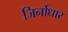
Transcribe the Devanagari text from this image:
जिर्नोधार